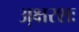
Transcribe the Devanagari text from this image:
अ़क्षरशः